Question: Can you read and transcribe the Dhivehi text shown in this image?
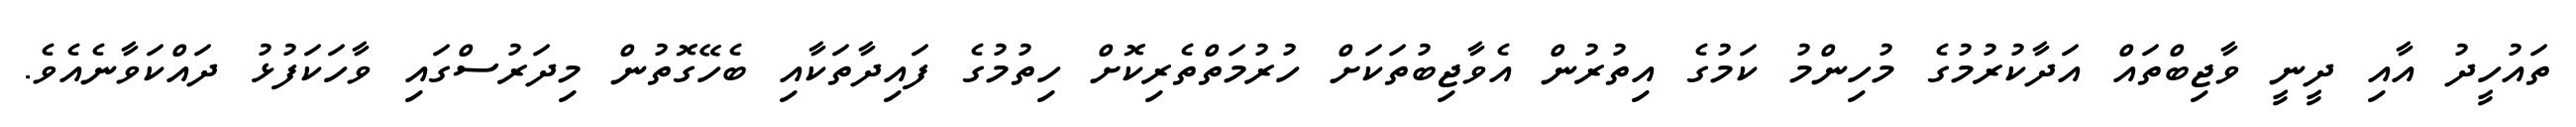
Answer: ތައުހީދު އާއި ދީނީ ވާޖިބްތައް އަދާކުރުމުގެ މުހިންމު ކަމުގެ އިތުރުން އެވާޖިބުތަކަށް ހުރުމަތްތެރިކޮށް ހިތުމުގެ ފައިދާތަކާއި ބެހޭގޮތުން މިދަރުސްގައި ވާހަކަފުޅު ދައްކަވާނެއެވެ.